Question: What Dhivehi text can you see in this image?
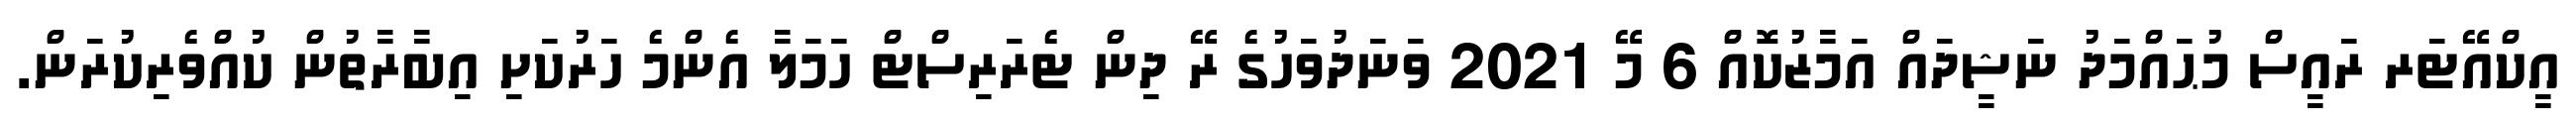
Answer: އީކްއޭޓަރ ރައީސް މުޙައްމަދު ނަޝީދައް އަމާޒުކޮއް 6 މޭ 2021 ވަނަދުވަހުގެ ރޭ ދިން ޓެރަރިސްޓް ހަމަލާ އެންމެ ހަރުކަށި އިބާރާތުން ކުއްވެރިކުރަން.